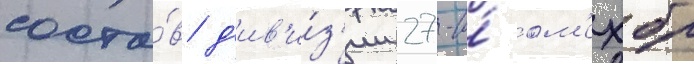
соста́в д'ив'и́з'ии 27-и́ ом'ехбр